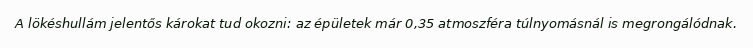
A lökéshullám jelentős károkat tud okozni: az épületek már 0,35 atmoszféra túlnyomásnál is megrongálódnak.